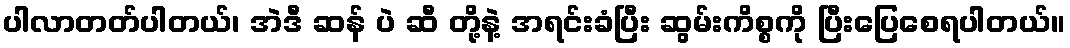
ပါလာတတ်ပါတယ်၊ အဲဒီ ဆန် ပဲ ဆီ တို့နဲ့ အရင်းခံပြီး ဆွမ်းကိစ္စကို ပြီးပြေစေရပါတယ်။